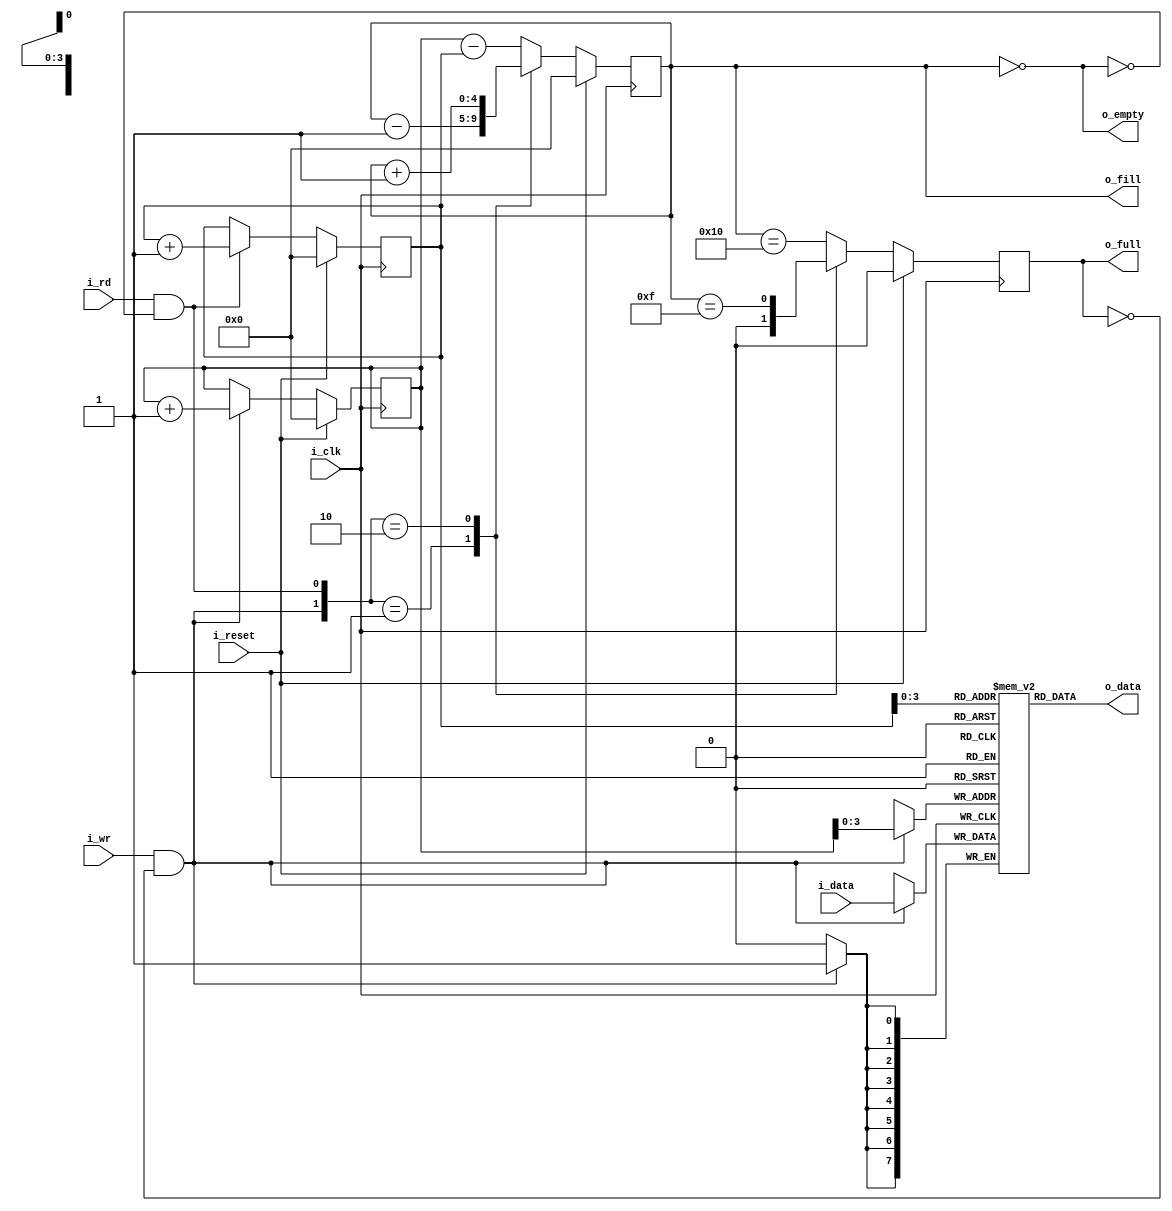
////////////////////////////////////////////////////////////////////////////////
//
//
// Project:	OpenZ7, an open source Zynq demo based on the Arty Z7-20
//
// Purpose:	A synchronous data FIFO.
//
// Creator:	Dan Gisselquist, Ph.D.
//		Gisselquist Technology, LLC
//
////////////////////////////////////////////////////////////////////////////////
//
// Copyright (C) 2020, Gisselquist Technology, LLC
//
// This program is free software (firmware): you can redistribute it and/or
// modify it under the terms of the GNU General Public License as published
// by the Free Software Foundation, either version 3 of the License, or (at
// your option) any later version.
//
// This program is distributed in the hope that it will be useful, but WITHOUT
// ANY WARRANTY; without even the implied warranty of MERCHANTIBILITY or
// FITNESS FOR A PARTICULAR PURPOSE.  See the GNU General Public License
// for more details.
//
// You should have received a copy of the GNU General Public License along
// with this program.  (It's in the $(ROOT)/doc directory.  Run make with no
// target there if the PDF file isn't present.)  If not, see
// <http://www.gnu.org/licenses/> for a copy.
//
// License:	GPL, v3, as defined and found on www.gnu.org,
//		http://www.gnu.org/licenses/gpl.html
//
//
////////////////////////////////////////////////////////////////////////////////
//
//
`default_nettype	none
//
module sfifo(i_clk, i_reset, i_wr, i_data, o_full, o_fill, i_rd, o_data, o_empty);
	parameter	BW=8;	// Byte/data width
	parameter 	LGFLEN=4;
	parameter [0:0]	OPT_ASYNC_READ = 1'b1;
	localparam	FLEN=(1<<LGFLEN);

	//
	//
	input	wire		i_clk;
	input	wire		i_reset;
	//
	// Write interface
	input	wire		i_wr;
	input	wire [(BW-1):0]	i_data;
	output	reg 		o_full;
	output	reg [LGFLEN:0]	o_fill;
	//
	// Read interface
	input	wire		i_rd;
	output	reg [(BW-1):0]	o_data;
	output	reg		o_empty;	// True if FIFO is empty
	// 

	reg	[(BW-1):0]	mem[0:(FLEN-1)];
	reg	[LGFLEN:0]	wr_addr, rd_addr;
	reg	[LGFLEN-1:0]	rd_next;


	wire	w_wr = (i_wr && !o_full);
	wire	w_rd = (i_rd && !o_empty);

	initial	o_fill = 0;
	always @(posedge i_clk)
	if (i_reset)
		o_fill <= 0;
	else case({ w_wr, w_rd })
	2'b01: o_fill <= o_fill - 1;
	2'b10: o_fill <= o_fill + 1;
	default: o_fill <= wr_addr - rd_addr;
	endcase

	initial	o_full = 0;
	always @(posedge i_clk)
	if (i_reset)
		o_full <= 0;
	else case({ w_wr, w_rd})
	2'b01: o_full <= 1'b0;
	2'b10: o_full <= (o_fill == { 1'b0, {(LGFLEN){1'b1}}});
	default: o_full <= (o_fill == { 1'b1, {(LGFLEN){1'b0}} });
	endcase
		
	// Write
	initial	wr_addr = 0;
	always @(posedge i_clk)
	if (i_reset)
		wr_addr <= 0;
	else if (w_wr)
		wr_addr <= wr_addr + 1'b1;

	always @(posedge i_clk)
	if (w_wr)
		mem[wr_addr[(LGFLEN-1):0]] <= i_data;

	initial	rd_addr = 0;
	always @(posedge i_clk)
	if (i_reset)
		rd_addr <= 0;
	else if (w_rd)
		rd_addr <= rd_addr + 1;

	always @(*)
		rd_next = rd_addr[LGFLEN-1:0] + 1;

	generate if (OPT_ASYNC_READ)
	begin : ASYNCHRONOUS_READ
		always @(*)
			o_empty = (o_fill  == 0);

		always @(*)
			o_data = mem[rd_addr[LGFLEN-1:0]];

	end else begin : REGISTERED_READ
		reg		bypass_valid;
		reg [BW-1:0]	bypass_data, rd_data;

		always @(*)
			o_empty = (o_fill  == 0);


		initial bypass_valid = 0;
		always @(posedge i_clk)
		if (i_reset)
			bypass_valid <= 0;
		else begin
			bypass_valid <= 1'b0;
			if (!i_wr)
				bypass_valid <= 1'b0;
			else if (o_empty || (i_rd && (o_fill == 1)))
				bypass_valid <= 1'b1;
		end

		always @(posedge i_clk)
			bypass_data <= i_data;

		initial mem[0] = 0;
		initial rd_data = 0;
		always @(posedge i_clk)
			rd_data <= mem[(w_rd)?rd_next : rd_addr[LGFLEN-1:0]];

		always @(*)
			o_data = (bypass_valid) ? bypass_data : rd_data;

	end endgenerate

	// Make Verilator happy
	// verilator lint_off UNUSED
	wire	[LGFLEN-1:0]	unused;
	assign	unused = rd_next;
	// verilator lint_on  UNUSED

////////////////////////////////////////////////////////////////////////////////
////////////////////////////////////////////////////////////////////////////////
//
//
//
// FORMAL METHODS
//
//
////////////////////////////////////////////////////////////////////////////////
////////////////////////////////////////////////////////////////////////////////
//
`ifdef	FORMAL

//
// Assumptions about our input(s)
//
//
`ifdef	SFIFO
`define	ASSUME	assume
`else
`define	ASSUME	assert
`endif

	reg			f_past_valid;
	wire	[LGFLEN:0]	f_fill, f_next, f_empty;

	//
	// Assertions about our outputs
	//
	//

	initial	f_past_valid = 1'b0;
	always @(posedge i_clk)
		f_past_valid <= 1'b1;

	assign	f_fill = wr_addr - rd_addr;
	assign	f_empty = (wr_addr == rd_addr);
	assign	f_next = rd_addr + 1'b1;

	always @(*)
	begin
		assert(f_fill <= { 1'b1, {(LGFLEN){1'b0}}});
		assert(o_fill == f_fill);

		assert(o_full  == (f_fill == {1'b1, {(LGFLEN){1'b0}}}));
		if (OPT_ASYNC_READ)
			assert(o_empty == (f_fill == 0));
		assert(rd_next == f_next[LGFLEN-1:0]);
	end

	always @(posedge i_clk)
	if (!OPT_ASYNC_READ && f_past_valid)
	begin
		if (f_fill == 0)
			assert(o_empty);
		else if ($past(f_fill)>1)
			assert(!o_empty);
		else if ($past(!i_rd && f_fill > 0))
			assert(!o_empty);
	end

	always @(*)
	if ((OPT_ASYNC_READ&&f_past_valid) || !o_empty)
		assert(mem[rd_addr] == o_data);


	////////////////////////////////////////////////////////////////////////
	//
	// Formal contract:
	//
	// If you write two values in succession, you should be able to read
	// those same two values in succession some time later.
	//
	////////////////////////////////////////////////////////////////////////
	//
	//
	(* anyconst *)	reg	[LGFLEN:0]	f_first_addr;
			reg	[LGFLEN:0]	f_second_addr;
			reg	[BW-1:0]	f_first_data, f_second_data;

	reg	f_first_addr_in_fifo,  f_first_in_fifo;
	reg	f_second_addr_in_fifo, f_second_in_fifo;
	reg	[LGFLEN:0]	f_distance_to_first, f_distance_to_second;

	always @(*)
		f_second_addr = f_first_addr + 1;

	always @(*)
	begin
		f_distance_to_first = (f_first_addr - rd_addr);
		f_first_addr_in_fifo = 0;
		if ((f_fill != 0) && (f_distance_to_first < f_fill))
			f_first_addr_in_fifo = 1;
	end

	always @(*)
	begin
		f_distance_to_second = (f_second_addr - rd_addr);
		f_second_addr_in_fifo = 0;
		if ((f_fill != 0) && (f_distance_to_second < f_fill))
			f_second_addr_in_fifo = 1;
	end

	always @(posedge i_clk)
	if (w_wr && wr_addr == f_first_addr)
		f_first_data <= i_data;

	always @(posedge i_clk)
	if (w_wr && wr_addr == f_second_addr)
		f_second_data <= i_data;

	always @(*)
	if (f_first_addr_in_fifo)
		assert(mem[f_first_addr] == f_first_data);
	always @(*)
		f_first_in_fifo = (f_first_addr_in_fifo && (mem[f_first_addr] == f_first_data));

	always @(*)
	if (f_second_addr_in_fifo)
		assert(mem[f_second_addr] == f_second_data);

	always @(*)
		f_second_in_fifo = (f_second_addr_in_fifo && (mem[f_second_addr] == f_second_data));

	always @(posedge i_clk)
	if (f_past_valid && !$past(i_reset))
	begin
		case({$past(f_first_in_fifo), $past(f_second_in_fifo)})
		2'b00: begin
				if ($past(w_wr)
					&&($past(wr_addr == f_first_addr)))
					assert(f_first_in_fifo);
				else
					assert(!f_first_in_fifo);
				//
				// The second could be in the FIFO, since
				// one might write other data than f_first_data
				//
				// assert(!f_second_in_fifo);
			end
		2'b01: begin
				assert(!f_first_in_fifo);
				if ($past(w_rd && (rd_addr==f_second_addr)))
					assert((o_empty&&!OPT_ASYNC_READ)||!f_second_in_fifo);
				else
					assert(f_second_in_fifo);
			end
		2'b10: begin
				if ($past(w_wr)
					&&($past(wr_addr == f_second_addr)))
					assert(f_second_in_fifo);
				else
					assert(!f_second_in_fifo);
				if ($past(!w_rd ||(rd_addr != f_first_addr)))
					assert(f_first_in_fifo);
			end
		2'b11: begin
				assert(f_second_in_fifo);
				if ($past(!w_rd ||(rd_addr != f_first_addr)))
				begin
					assert(f_first_in_fifo);
					if (rd_addr == f_first_addr)
						assert(o_data == f_first_data);
				end else begin
					assert(!f_first_in_fifo);
					assert(o_data == f_second_data);
				end
			end
		endcase
	end

	////////////////////////////////////////////////////////////////////////
	//
	//	Cover properties
	//
	////////////////////////////////////////////////////////////////////////
	//
	//
	reg	f_was_full;
	initial	f_was_full = 0;
	always @(posedge i_clk)
	if (o_full)
		f_was_full <= 1;

`ifdef	SFIFO
	always @(posedge i_clk)
		cover($fell(f_empty));

	always @(posedge i_clk)
		cover($fell(o_empty));

	always @(posedge i_clk)
		cover(f_was_full && f_empty);

	always @(posedge i_clk)
		cover($past(o_full,2)&&(!$past(o_full))&&(o_full));

	always @(posedge i_clk)
	if (f_past_valid)
		cover($past(o_empty,2)&&(!$past(o_empty))&& o_empty);
`endif

`endif // FORMAL
endmodule
`ifndef	YOSYS
`default_nettype wire
`endif